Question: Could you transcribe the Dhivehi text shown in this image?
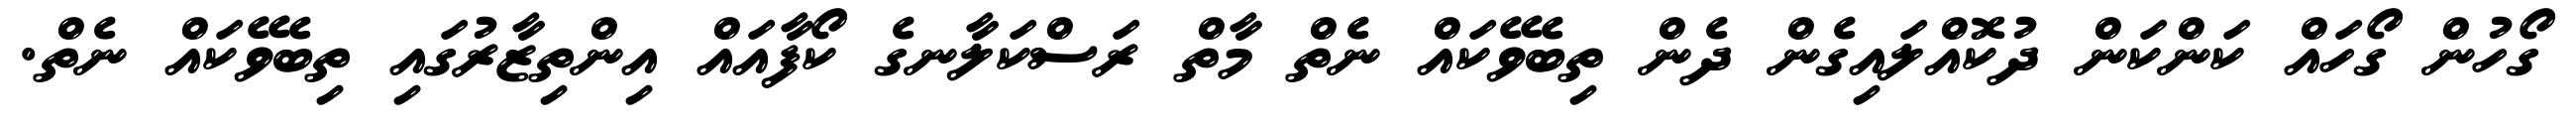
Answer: ގޯހުން ގޯހައް ކަންކަން ދުކޮއްލައިގެން ދެން ތިބެވޭކައް ނެތް މާތް ރަސްކަލާނގެ ކޯފާއައް އިންތިޒާރުގައި ތިބެވޭކައް ނެތް.